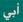
أبي